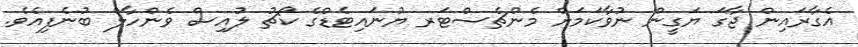
އެގާރައިން ޖާގަ ޔަގީން ނުވާކަމަށް މެންޗެސްޓަރ ޔުނައިޓެޑްގެ ކޯޗު ލުއިސް ވެންހާލް ބުނެފިއެވެ.